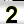
Digit: 2